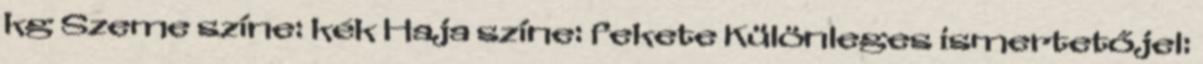
kg Szeme színe: kék Haja színe: fekete Különleges ismertetőjel: